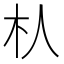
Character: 朲